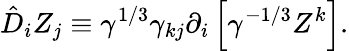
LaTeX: \hat{D}_{i}Z_{j}\equiv\gamma^{1/3}\gamma_{kj}\partial_{i}\left[\gamma^{-1/3}Z^{k}\right].